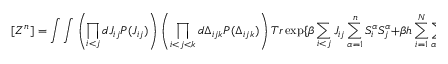
[ Z ^ { n } ] = \int \int \left( \prod _ { i < j } d J _ { i j } P ( J _ { i j } ) \right) \left( \prod _ { i < j < k } d \Delta _ { i j k } P ( \Delta _ { i j k } ) \right) T r \exp \{ \beta \sum _ { i < j } J _ { i j } \sum _ { \alpha = 1 } ^ { n } S _ { i } ^ { \alpha } S _ { j } ^ { \alpha } + \beta h \sum _ { i = 1 } ^ { N } \sum _ { \alpha = 1 } ^ { n } S _ { i } ^ { \alpha } \} T r \exp \{ \beta \sum _ { i < j < k } \Delta _ { i j k } \sum _ { \alpha = 1 } ^ { n } S _ { i } ^ { \alpha } S _ { j } ^ { \alpha } S _ { k } ^ { \alpha } \} ,